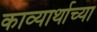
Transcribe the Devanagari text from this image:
काव्यार्थाच्या